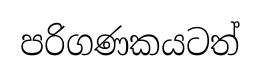
පරිගණකයටත්